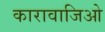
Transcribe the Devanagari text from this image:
कारावाजिओ